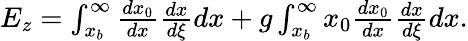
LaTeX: \begin{array}{r}{E_{z}=\int_{x_{b}}^{\infty}\frac{dx_{0}}{dx}\frac{dx}{d\xi}dx+g\int_{x_{b}}^{\infty}x_{0}\frac{dx_{0}}{dx}\frac{dx}{d\xi}dx.}\end{array}